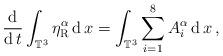
LaTeX: \begin{align*} \frac{\operatorname{d}}{\operatorname{d} t} \int_{\mathbb{T}^3}\eta^\alpha_{\mathrm{R}} \operatorname{d}x = \int_{\mathbb{T}^3}\sum_{i=1}^8 A_i^\alpha \operatorname{d}x \, ,\end{align*}